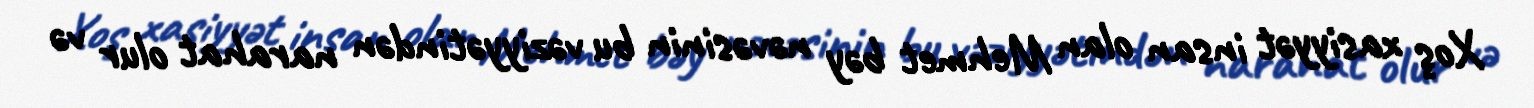
Xoş xasiyyət insan olan Mehmet bəy nəvəsinin bu vəziyyətindən narahat olur və